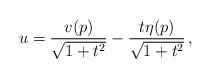
LaTeX: \begin{align*}u = \frac{v(p)}{\sqrt{1 + t^2}} - \frac{t \eta(p)}{\sqrt{1 + t^2}} \, ,\end{align*}